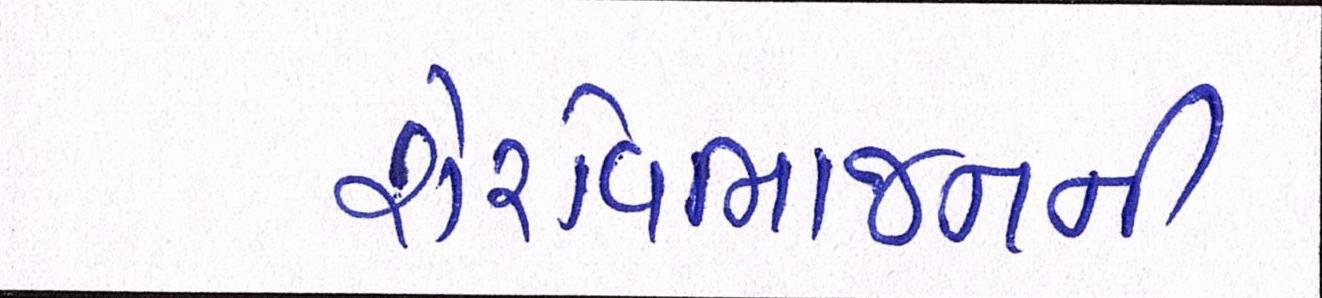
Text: શેરવિભાજનની